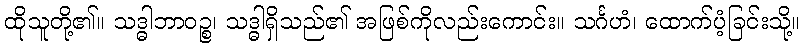
ထိုသူတို့၏။ သဒ္ဓါဘာဝဉ္စ၊ သဒ္ဓါရှိသည်၏ အဖြစ်ကိုလည်းကောင်း။ သင်္ဂဟံ၊ ထောက်ပံ့ခြင်းသို့။